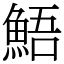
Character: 鯃